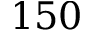
1 5 0